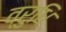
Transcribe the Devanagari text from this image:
व्रुधि